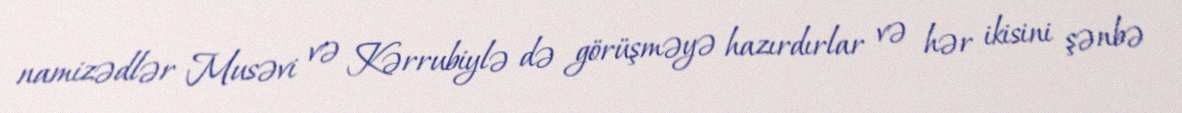
namizədlər Musəvi və Kərrubiylə də görüşməyə hazırdırlar və hər ikisini şənbə